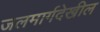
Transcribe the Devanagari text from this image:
जलमार्गदेखील